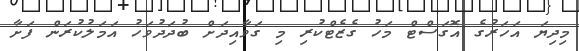
މިދިޔަ އަހަރުގެ އޮގަސްޓް މަހު ގެޒެޓްކުރި މި ގަވާއިދަށް ބުދަދުވަހު އަމަލުކުރަން ފަށާ